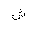
Letter: _shin